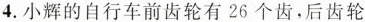
4.小辉的自行车前齿轮有26个齿，后齿轮